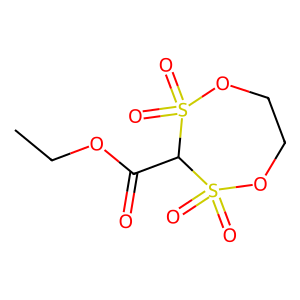
SMILES: CCOC(=O)C1S(=O)(=O)OCCOS1(=O)=O
Inhibits HIV replication: No